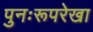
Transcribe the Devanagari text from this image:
पुनःरूपरेखा